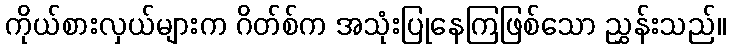
ကိုယ်စားလှယ်များက ဂိတ်စ်က အသုံးပြုနေကြဖြစ်သော ညွှန်းသည်။